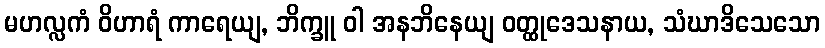
မဟလ္လကံ ဝိဟာရံ ကာရေယျ, ဘိက္ခူ ဝါ အနဘိနေယျ ဝတ္ထုဒေသနာယ, သံဃာဒိသေသော